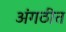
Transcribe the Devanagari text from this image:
अंगठीत